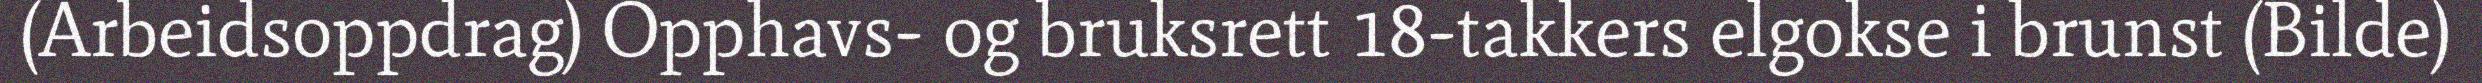
(Arbeidsoppdrag) Opphavs- og bruksrett 18-takkers elgokse i brunst (Bilde)